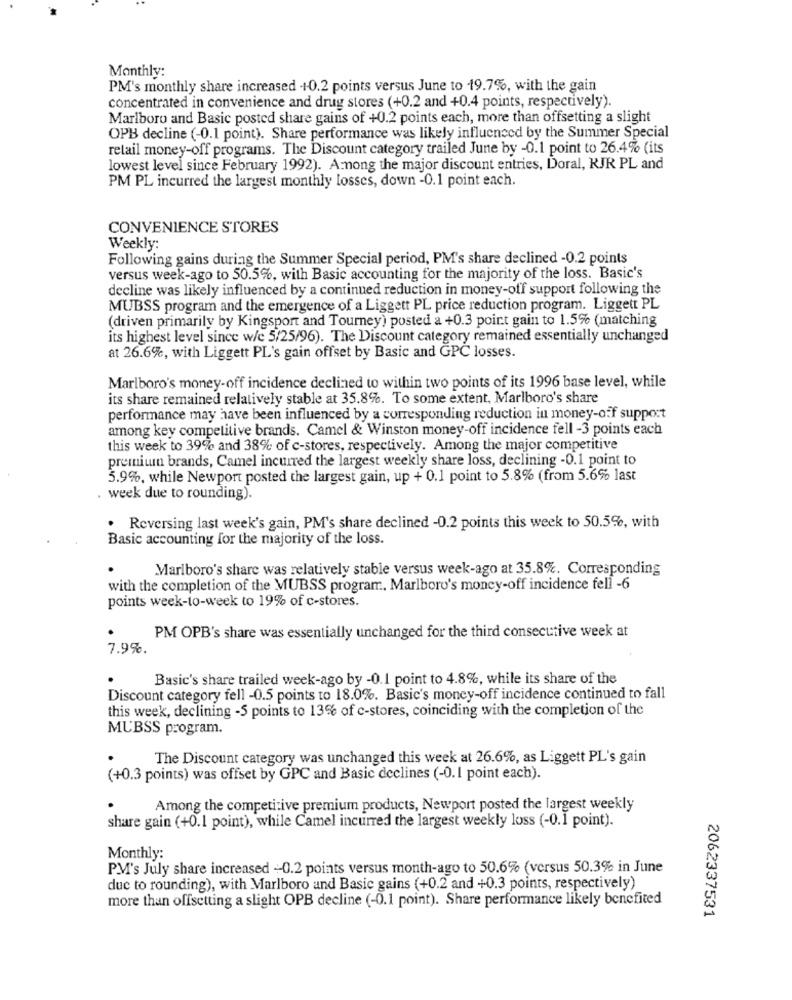
Monthly:
PM's monthly share increased +0.2 points versus June to 19.7%, with the gain
concentrated in convenience and drug stores (+0.2 and +0.4 points, respectively).
Marlboro and Basic posted share gains of +0.2 points each, more than offsetting a slight
OPB decline (-0.1 point). Share performance was likely influenced by the Summer Special
retail money-off programs. The Discount category trailed June by -0.1 point to 26.4% (its
lowest level since February 1992). Among the major discount entries, Doral, KJR PL and
PM PL incurred the largest monthly losses, down -0.1 point each.
CONVENIENCE STORES
Weekly:
Following gains during the Summer Special period, PM's share declined -0.2 points
versus week-ago to 50.5%, with Basic accounting for the majority of the loss. Basic's
decline was likely influenced by a continued reduction in money-off support following the
MUBSS program and the emergence of a Liggett PL price reduction program. Liggett PL
(driven primarily by Kingsport and Tourney) posted a +0.3 point gain to 1.5% (matching
its highest level since w/e 5/25/96). The Discount category remained essentially unchanged
at 26.6%, with Liggett PL's gain offset by Basic and GPC losses.
Marlboro's money-off incidence declined to within two points of its 1996 base level, while
its share remained relatively stable at 35.8%. To some extent, Marlboro's share
performance may have been influenced by a corresponding reduction in money-off support
among key competitive brands. Camel & Winston money-off incidence fell -3 points each
this week to 39% and 38% of c-stores, respectively. Among the major competitive
premium brands, Camel incurred the largest weekly share loss, declining -0.1 point to
5.9%, while Newport posted the largest gain, up + 0.1 point to 5.8% (from 5.6% last
. week due to rounding).
. Reversing last week's gain, PM's share declined -0.2 points this week to 50.5%, with
Basic accounting for the majority of the loss.
Marlboro's share was relatively stable versus week-ago at 35.8%. Corresponding
with the completion of the MUBSS program, Marlboro's money-off incidence fell -6
points week-to-week to 19% of c-stores.
PM OPB's share was essentially unchanged for the third consecutive week at
7.9%.
Basic's share trailed week-ago by -0.1 point to 4.8%, while its share of the
Discount category fell -0.5 points to 18.0%. Basic's money-off incidence continued to fall
this week, declining -5 points to 13% of c-stores, coinciding with the completion of the
MUBSS program.
The Discount category was unchanged this week at 26.6%, as Liggett PL's gain
(+0.3 points) was offset by GPC and Basic declines (-0.1 point each).
Among the competitive premium products, Newport posted the largest weekly
share gain (+0.1 point), while Camel incurred the largest weekly loss (-0.1 point).
Monthly:
P.M's July share increased -0.2 points versus month-ago to 50.6% (versus 50.3% in June
due to rounding), with Marlboro and Basic gains (+0.2 and +0.3 points, respectively)
more than offsetting a slight OPB decline (-0.1 point). Share performance likely benefited
2062337531